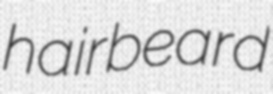
hairbeard